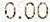
0.00